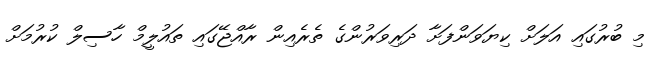
މި ބުރުގައި އަލަށް ކިޔަވަންފަށާ ދަރިވަރުންގެ ތެރެއިން ރާއްޖޭގައި ތައުލީމް ހާސިލް ކުރުމަށް